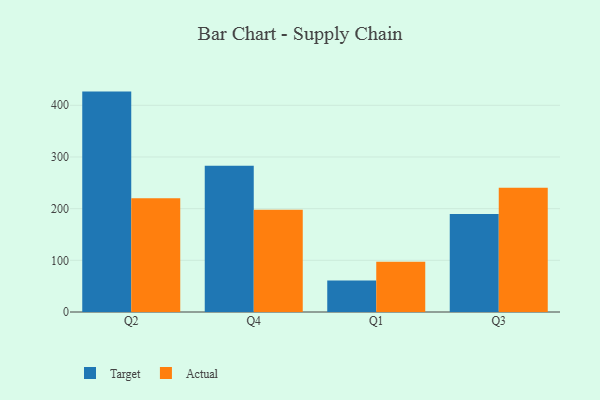
{"axis": {"x": "Quarter", "y": "Tickets Resolved"}, "legend": ["Actual", "Target"], "data": [{"x": "Q2", "y": 426.5, "type": "Target"}, {"x": "Q2", "y": 220.2, "type": "Actual"}, {"x": "Q4", "y": 283.1, "type": "Target"}, {"x": "Q4", "y": 197.7, "type": "Actual"}, {"x": "Q1", "y": 61.0, "type": "Target"}, {"x": "Q1", "y": 97.1, "type": "Actual"}, {"x": "Q3", "y": 189.7, "type": "Target"}, {"x": "Q3", "y": 240.2, "type": "Actual"}]}